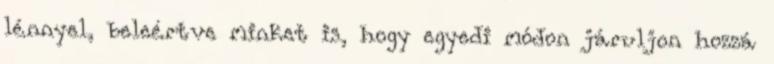
lénnyel, beleértve minket is, hogy egyedi módon járuljon hozzá